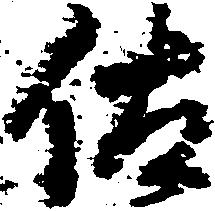
佐